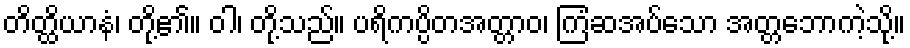
တိတ္ထိယာနံ၊ တို့၏။ ဝါ၊ တို့သည်။ ပရိကပ္ပိတအတ္တာဝ၊ ကြံဆအပ်သော အတ္တဘောကဲ့သို့။